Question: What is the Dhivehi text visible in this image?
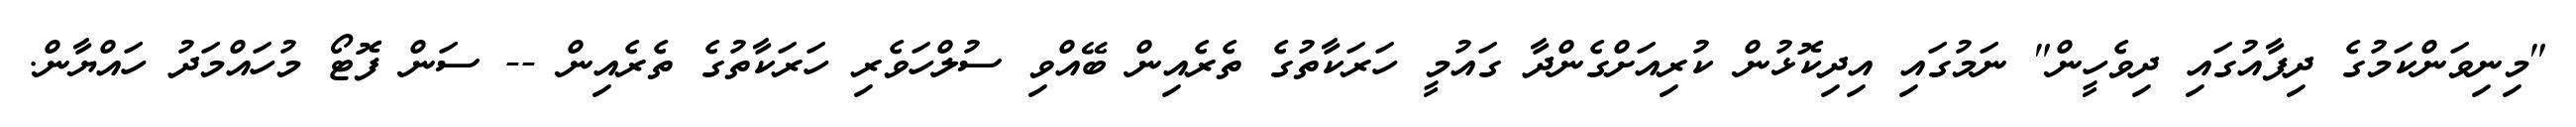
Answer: "މިނިވަންކަމުގެ ދިފާއުގައި ދިވެހީން" ނަމުގައި އިދިކޮޅުން ކުރިއަށްގެންދާ ގައުމީ ހަރަކާތުގެ ތެރެއިން ބޭއްވި ސުލްހަވެރި ހަރަކާތުގެ ތެރެއިން -- ސަން ފޮޓޯ މުހައްމަދު ހައްޔާން.